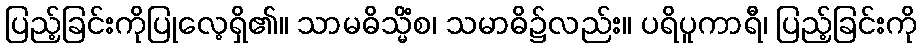
ပြည့်ခြင်းကိုပြုလေ့ရှိ၏။ သာမဓိသ္မိံစ၊ သမာဓိ၌လည်း။ ပရိပူကာရီ၊ ပြည့်ခြင်းကို